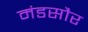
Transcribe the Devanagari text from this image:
मंडसौर